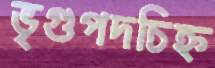
ভৃগুপদচিহ্ন